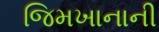
જિમખાનાની